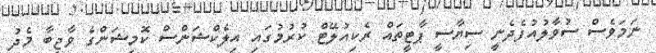
ނަމަވެސް ސުވާލުއުފެދެނީ ސިޔާސީ ޕާޓީތައް ރެކިއުލޭޓް ކުރުމުގައި އިލެކްޝަންސް ކޮމިޝަންގެ ވާޖިބާ މެދު